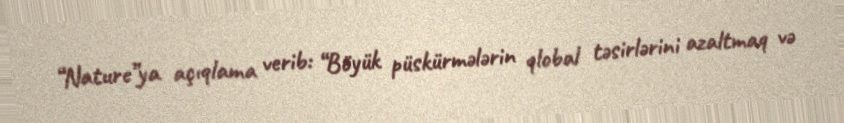
“Nature”ya açıqlama verib: “Böyük püskürmələrin qlobal təsirlərini azaltmaq və